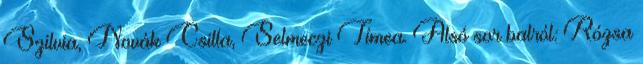
Szilvia, Novák Csilla, Selmeczi Tímea. Alsó sor balról: Rózsa